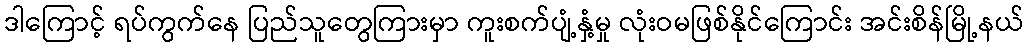
ဒါကြောင့် ရပ်ကွက်နေ ပြည်သူတွေကြားမှာ ကူးစက်ပျံ့နှံ့မှု လုံးဝမဖြစ်နိုင်ကြောင်း အင်းစိန်မြို့နယ်